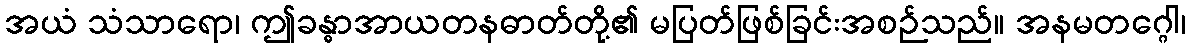
အယံ သံသာရော၊ ဤခန္ဓာအာယတနဓာတ်တို့၏ မပြတ်ဖြစ်ခြင်းအစဉ်သည်။ အနမတဂ္ဂေါ၊